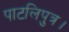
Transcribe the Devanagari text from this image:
पाटलिपुत्र।